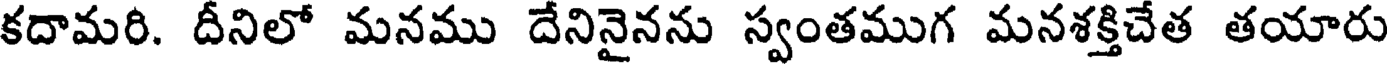
కదామరి. దీనిలో మనము దేనినైనను స్వంతముగ మనశక్తిచేత తయారు